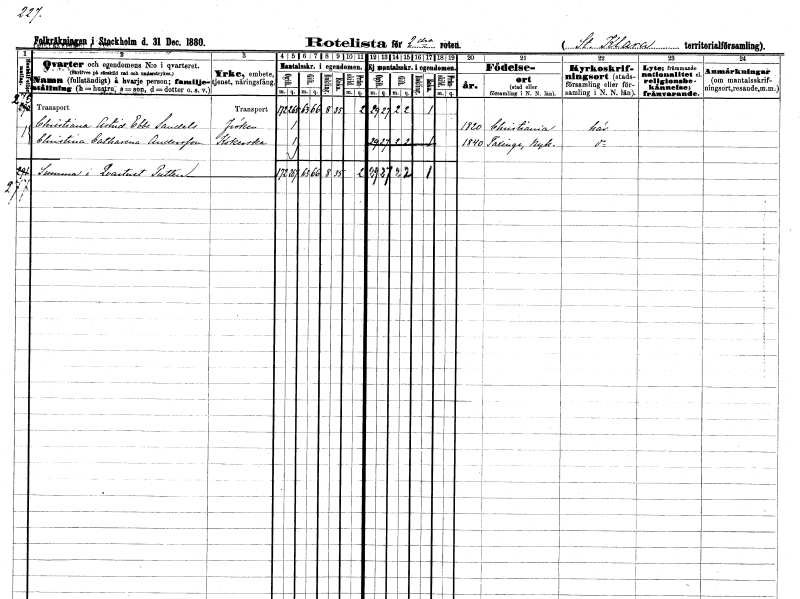
gt_parse: households: individuals: FN: Christiana Astrid Ebba
EN: Sandels
KON: K
CIV: O
FODAR: 1820
FN: Christina Catharina
EN: Andersson
YRKE: Kokerska
KON: K
CIV: O
FODAR: 1840
FODFORS: Taxinge Stockholms län